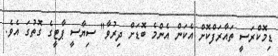
ޑިމޮކްރަސީ ތައާރަފްކޮށް އެކަން އެންމެ ބޮޑަށް ދިރުވާ" ސިޔާސީ ޕާޓީގެ ގޮތުގަ އެވެ.